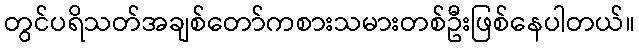
တွင်ပရိသတ်အချစ်တော်ကစားသမားတစ်ဦးဖြစ်နေပါတယ်။